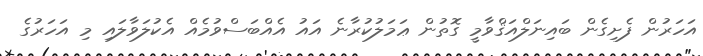
އަހަރުން ފެށިގެން ބައިނަލްއަޤްވާމީ ގޮތުން ޢަމަލުކުރާނެ އައު އެއްބަސްވުމެއް އެކުލަވާލައި މި އަހަރުގެ